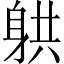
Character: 𮜲